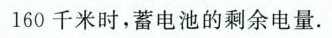
160千米时，蓄电池的剩余电量.